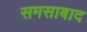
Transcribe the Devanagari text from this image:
समसाबाद